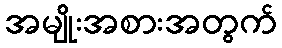
အမျိုးအစားအတွက်